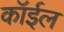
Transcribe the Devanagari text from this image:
कॉईल